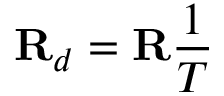
\mathbf { R } _ { d } = \mathbf { R } { \frac { 1 } { T } }